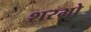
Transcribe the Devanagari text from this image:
शरभो